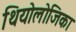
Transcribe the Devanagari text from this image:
थियोलोजिका